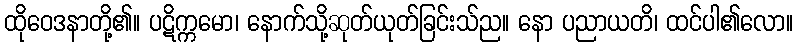
ထိုဝေဒနာတို့၏။ ပဋိက္ကမော၊ နောက်သို့ဆုတ်ယုတ်ခြင်းသ်ည။ နော ပညာယတိ၊ ထင်ပါ၏လော။